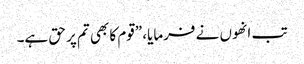
تب انھوں نے فرمایا، ”قوم کا بھی تم پر حق ہے۔